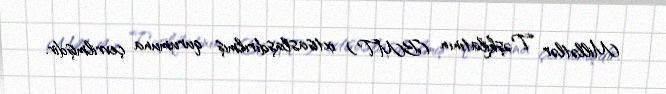
Millətlər Təşkilatının (BMT) ixtisaslaşdırılmış qurumuna çevrilmişdir.